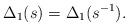
LaTeX: \begin{align*}\Delta_1(s)=\Delta_1(s^{-1}).\end{align*}